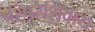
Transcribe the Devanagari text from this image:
परंपरेशिवाय